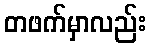
တဖက်မှာလည်း